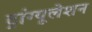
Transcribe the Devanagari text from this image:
ट्रांग्यूलेशन